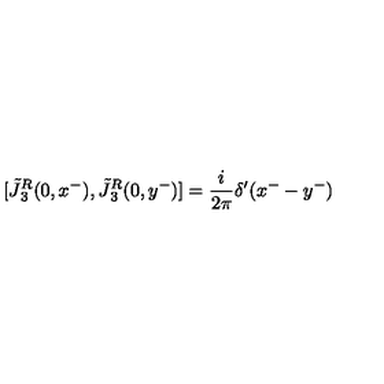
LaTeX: [ \tilde { J } { ^ { R } _ { 3 } } ( 0 , x ^ { - } ) , \tilde { J } { ^ { R } _ { 3 } } ( 0 , y ^ { - } ) ] = { \frac { i } { 2 \pi } } \delta ^ { \prime } ( x ^ { - } - y ^ { - } )